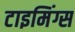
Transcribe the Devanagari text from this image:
टाइमिंग्स